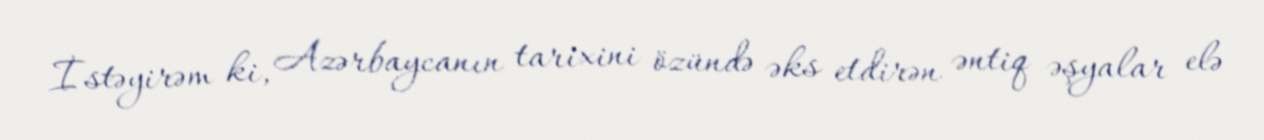
İstəyirəm ki, Azərbaycanın tarixini özündə əks etdirən əntiq əşyalar elə